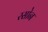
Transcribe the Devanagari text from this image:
रसोन